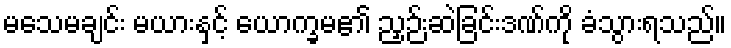
မသေမချင်း မယားနှင့် ယောက္ခမ၏ ညှဉ်းဆဲခြင်းဒဏ်ကို ခံသွားရသည်။